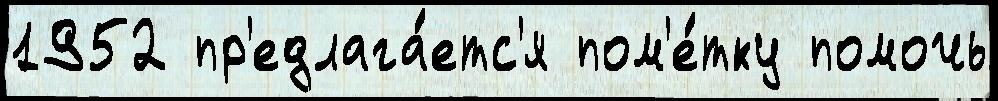
1952 пр'едлага́етс'я пом'е́тку помочь